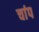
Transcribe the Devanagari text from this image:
चांप